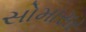
સોમાસર